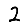
Digit: 2